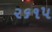
૨૬૧૫